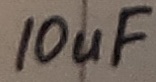
Text: 10uF